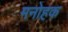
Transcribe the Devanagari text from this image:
मनोहक